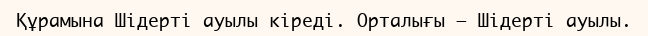
Құрамына Шідерті ауылы кіреді. Орталығы – Шідерті ауылы.